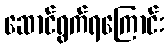
ဆောင်ရွက်ရကြောင်း